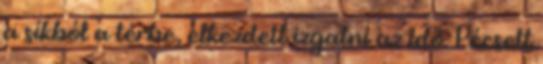
a síkból a térbe, elkezdett izgatni az idő. Pécsett